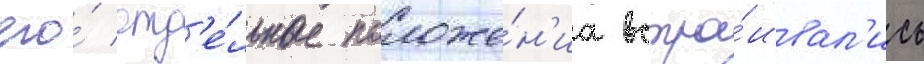
его́ отд'е́льные положе́н'иа встра́ивал'ись